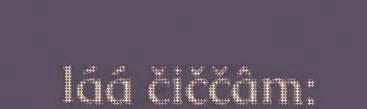
láá čiččâm: